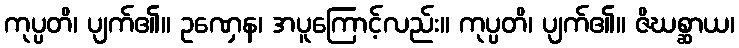
ကုပ္ပတိ၊ ပျက်၏။ ဥဏှေန၊ အပူကြောင့်လည်း။ ကုပ္ပတိ၊ ပျက်၏။ ဇိဃစ္ဆာယ၊